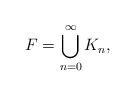
LaTeX: \begin{align*} F= \bigcup_{n=0}^\infty K_n,\end{align*}